Indian journal of veterinary science and animal husbandry - Volumes 15-17, 1948-1951
Year: 1948
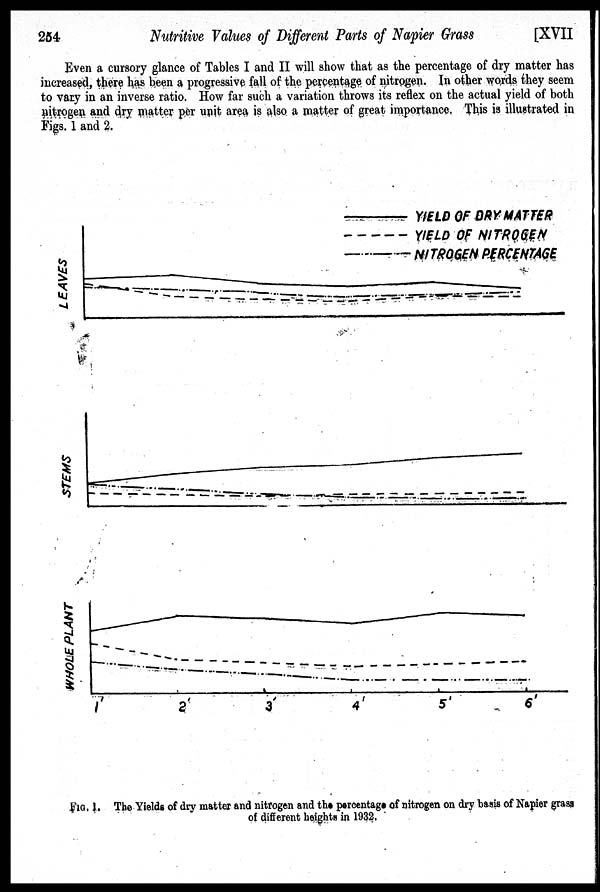
254
Nutritive Values of Different Parts of Napier Grass
[XVII
Even a cursory glance of Tables I and II will show that as the percentage of dry matter has
increased, there has been a progressive fall of the percentage of nitrogen. In other words they seem
to vary in an inverse ratio. How far such a variation throws its reflex on the actual yield of both
nitrogen and dry matter per unit area is also a matter of great importance. This is illustrated in
Figs. 1 and 2.
FIG. 1. The Yields of dry matter and nitrogen and the percentage of nitrogen on dry basis of Napier grass
of different heights in 1932.